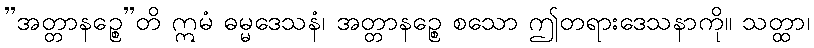
”အတ္တာနဉ္စေ”တိ ဣမံ ဓမ္မဒေသနံ၊ အတ္တာနဉ္စေ စသော ဤတရားဒေသနာကို။ သတ္ထာ၊